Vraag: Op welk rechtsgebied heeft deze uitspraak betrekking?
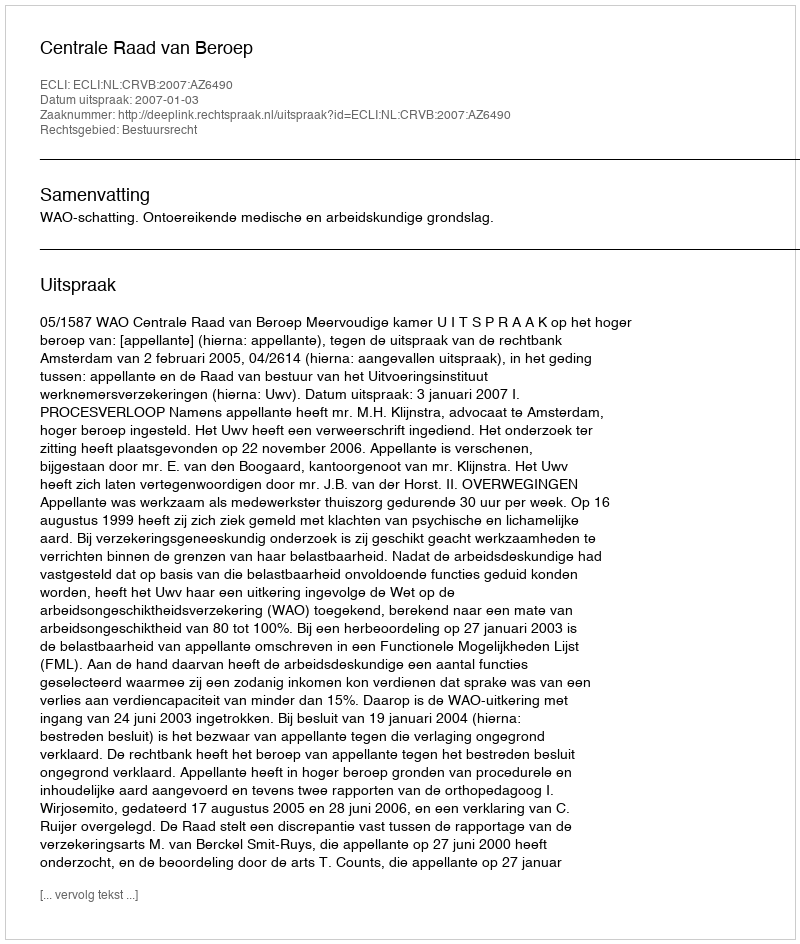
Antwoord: Bestuursrecht